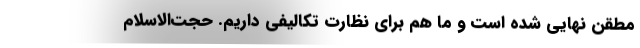
مطقن نهایی شده است و ما هم برای نظارت تکالیفی داریم. حجت‌الاسلام